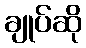
ချုပ်ဆို